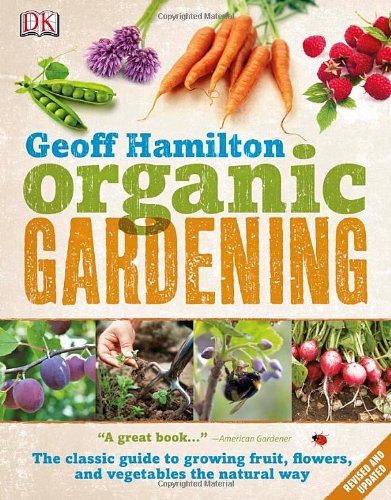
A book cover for Organic Gardening; Geoff Hamilton; Crafts, Hobbies & Home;